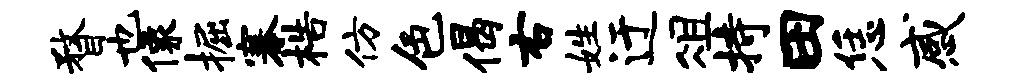
瞀也像掘搴梏仿色偈右姓迂俎持田恁感